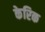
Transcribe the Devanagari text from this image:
केरिक